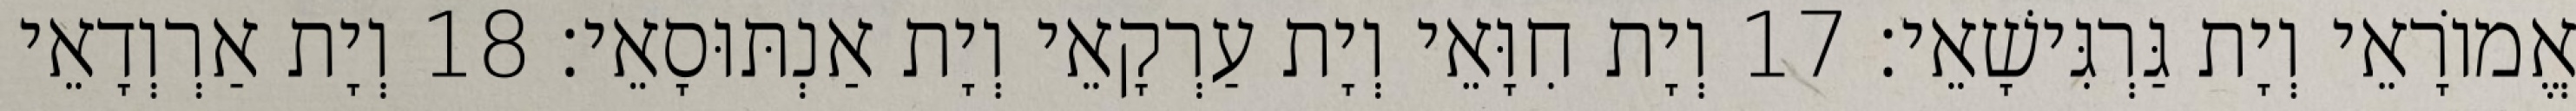
אֱמוֹרָאֵי וְיָת גַּרְגִּישָׁאֵי׃ 17 וְיָת חִוָּאֵי וְיָת עַרְקָאֵי וְיָת אַנְתּוּסָאֵי׃ 18 וְיָת אַרְוְדָאֵי